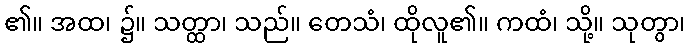
၏။ အထ၊ ၌။ သတ္ထာ၊ သည်။ တေသံ၊ ထိုလူ၏။ ကထံ၊ သို့။ သုတွာ၊